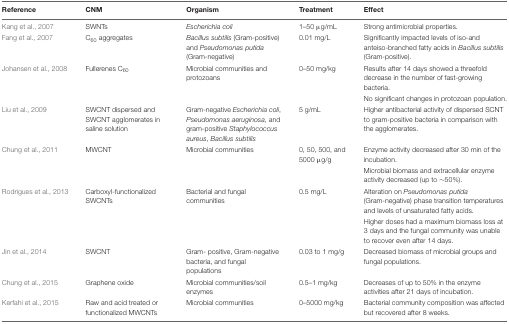
<table><thead><tr><td><b>Reference</b></td><td><b>CNM</b></td><td><b>Organism</b></td><td><b>Treatment</b></td><td><b>Effect</b></td></tr></thead><tbody><tr><td>Kang et al., 2007</td><td>SWNTs</td><td><i>Escherichia coli</i></td><td>1–50 μg/mL</td><td>Strong antimicrobial properties.</td></tr><tr><td>Fang et al., 2007</td><td>C<sub>60</sub> aggregates</td><td><i>Bacillus subtilis</i> (Gram-positive) and <i>Pseudomonas putida</i> (Gram-negative)</td><td>0.01 mg/L</td><td>Significantly impacted levels of iso-and anteiso-branched fatty acids in <i>Bacillus subtilis</i> (Gram-positive).</td></tr><tr><td>Johansen et al., 2008</td><td>Fullerenes C<sub>60</sub></td><td>Microbial communities and protozoans</td><td>0–50 mg/kg</td><td>Results after 14 days showed a threefold decrease in the number of fast-growing bacteria.</td></tr><tr><td></td><td></td><td></td><td></td><td>No significant changes in protozoan population.</td></tr><tr><td>Liu et al., 2009</td><td>SWCNT dispersed and SWCNT agglomerates in saline solution</td><td>Gram-negative <i>Escherichia coli, Pseudomonas aeruginosa</i>, and gram-positive <i>Staphylococcus aureus, Bacillus subtilis</i></td><td>5 g/mL</td><td>Higher antibacterial activity of dispersed SCNT to gram-positive bacteria in comparison with the agglomerates.</td></tr><tr><td>Chung et al., 2011</td><td>MWCNT</td><td>Microbial communities</td><td>0, 50, 500, and 5000 μg/g</td><td>Enzyme activity decreased after 30 min of the incubation.</td></tr><tr><td></td><td></td><td></td><td></td><td>Microbial biomass and extracellular enzyme activity decreased (up to ∼50%).</td></tr><tr><td>Rodrigues et al., 2013</td><td>Carboxyl-functionalized SWCNTs</td><td>Bacterial and fungal communities</td><td>0.5 mg/L</td><td>Alteration on <i>Pseudomonas putida</i> (Gram-negative) phase transition temperatures and levels of unsaturated fatty acids.</td></tr><tr><td></td><td></td><td></td><td></td><td>Higher doses had a maximum biomass loss at 3 days and the fungal community was unable to recover even after 14 days.</td></tr><tr><td>Jin et al., 2014</td><td>SWCNT</td><td>Gram- positive, Gram-negative bacteria, and fungal populations</td><td>0.03 to 1 mg/g</td><td>Decreased biomass of microbial groups and fungal populations.</td></tr><tr><td>Chung et al., 2015</td><td>Graphene oxide</td><td>Microbial communities/soil enzymes</td><td>0.5–1 mg/kg</td><td>Decreases of up to 50% in the enzyme activities after 21 days of incubation.</td></tr><tr><td>Kerfahi et al., 2015</td><td>Raw and acid treated or functionalized MWCNTs</td><td>Microbial communities</td><td>0–5000 mg/kg</td><td>Bacterial community composition was affected but recovered after 8 weeks.</td></tr></tbody></table>